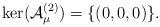
LaTeX: \begin{align*}\ker (\mathcal A_\mu^{(2)})=\{(0,0,0)\}.\end{align*}